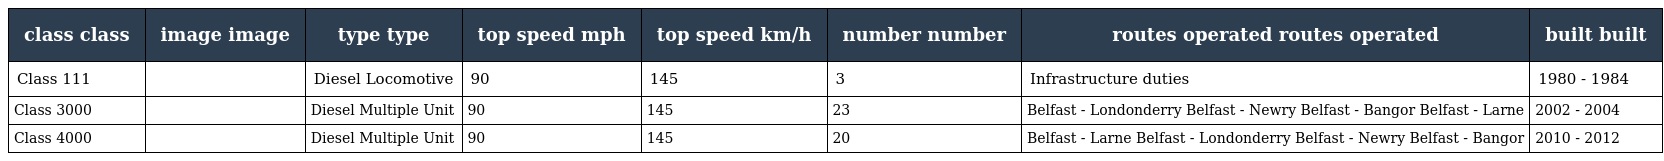
| class class | image image | type type | top speed mph | top speed km/h | number number | routes operated routes operated | built built |
 | --- | --- | --- | --- | --- | --- | --- | --- |
 | Class 111 |  | Diesel Locomotive | 90 | 145 | 3 | Infrastructure duties | 1980 - 1984 |
 | Class 3000 |  | Diesel Multiple Unit | 90 | 145 | 23 | Belfast - Londonderry Belfast - Newry Belfast - Bangor Belfast - Larne | 2002 - 2004 |
 | Class 4000 |  | Diesel Multiple Unit | 90 | 145 | 20 | Belfast - Larne Belfast - Londonderry Belfast - Newry Belfast - Bangor | 2010 - 2012 |